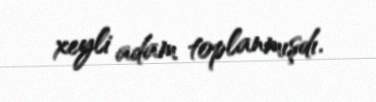
xeyli adam toplanmışdı.